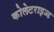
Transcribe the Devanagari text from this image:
कोलेटराइज्ड